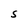
Character: S